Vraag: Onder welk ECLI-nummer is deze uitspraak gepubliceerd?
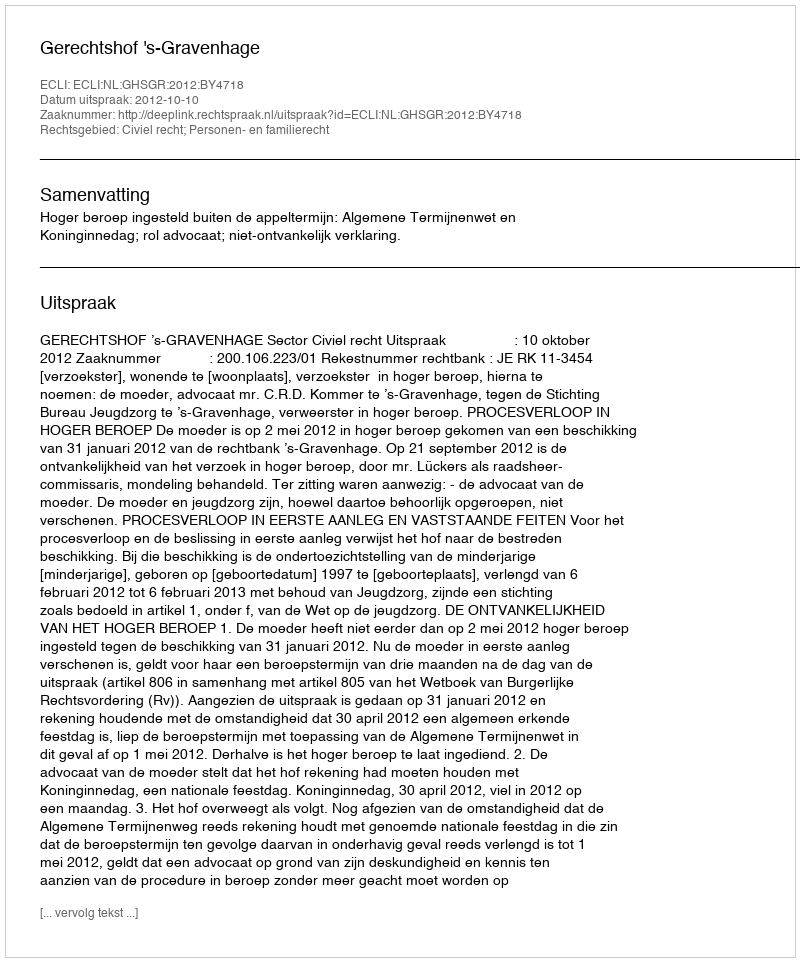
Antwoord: ECLI:NL:GHSGR:2012:BY4718